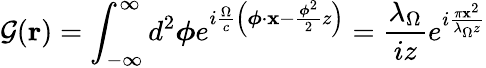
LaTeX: \mathcal{G}(\mathbf{r})=\int_{-\infty}^{\infty}d^{2}\boldsymbol{\phi}e^{i\frac{\Omega}{c}\left(\boldsymbol{\phi}\cdot\mathbf x-\frac{\boldsymbol{\phi}^{2}}{2}z\right)}=\frac{\lambda_{\Omega}}{iz}e^{i\frac{\pi\mathbf{x}^{2}}{\lambda_{\Omega}z}}